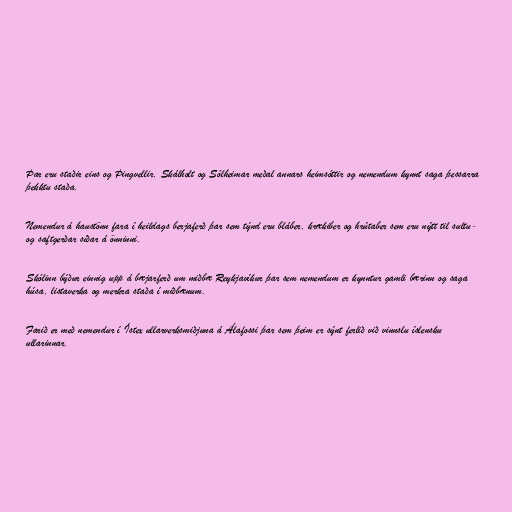
Þar eru staðir eins og Þingvellir, Skálholt og Sólheimar meðal annars heimsóttir og nemendum kynnt saga þessarra
þekktu staða.

Nemendur á haustönn fara í heildags berjaferð þar sem týnd eru bláber, krækiber og hrútaber sem eru nýtt til sultu-
og saftgerðar síðar á önninni.

Skólinn býður einnig upp á bæjarferð um miðbæ Reykjavíkur þar sem nemendum er kynntur gamli bærinn og saga
húsa, listaverka og merkra staða í miðbænum.

Farið er með nemendur í Ístex ullarverksmiðjuna á Álafossi þar sem þeim er sýnt ferlið við vinnslu íslensku
ullarinnar.